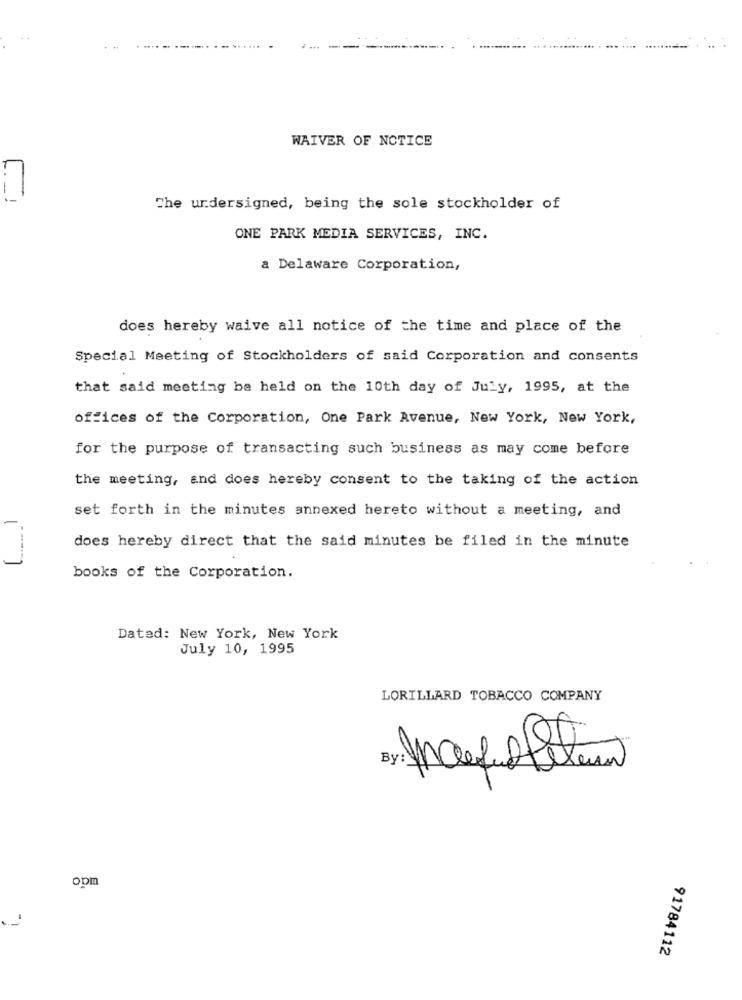
.. .. . ...
WAIVER OF NOTICE
The undersigned, being the sole stockholder of
ONE PARK MEDIA SERVICES, INC.
a Delaware Corporation,
does hereby waive all notice of the time and place of the
Special Meeting of Stockholders of said Corporation and consents
that said meeting be held on the 10th day of July, 1995, at the
offices of the Corporation, One Park Avenue, New York, New York,
for the purpose of transacting such business as may come before
the meeting, and does hereby consent to the taking of the action
set forth in the minutes annexed hereto without a meeting, and
does hereby direct that the said minutes be filed in the minute
books of the Corporation.
Dated: New York, New York
July 10, 1995
LORILLARD TOBACCO COMPANY
opm
91784112